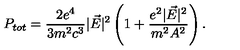
P _ { t o t } = \frac { 2 e ^ { 4 } } { 3 m ^ { 2 } c ^ { 3 } } | \vec { E } | ^ { 2 } \left( 1 + \frac { e ^ { 2 } | \vec { E } | ^ { 2 } } { m ^ { 2 } A ^ { 2 } } \right) { . }